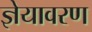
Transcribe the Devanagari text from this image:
ज्ञेयावरण